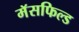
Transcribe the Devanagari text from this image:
मॅसफिल्ड